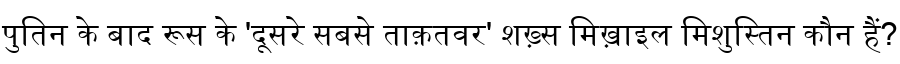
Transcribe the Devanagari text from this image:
पुतिन के बाद रूस के 'दूसरे सबसे ताक़तवर' शख़्स मिख़ाइल मिशुस्तिन कौन हैं?